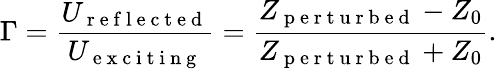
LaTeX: \Gamma=\frac{U_{\mathrm{~r~e~f~l~e~c~t~e~d~}}}{U_{\mathrm{~e~x~c~i~t~i~n~g~}}}=\frac{Z_{\mathrm{~p~e~r~t~u~r~b~e~d~}}-Z_{0}}{Z_{\mathrm{~p~e~r~t~u~r~b~e~d~}}+Z_{0}}.